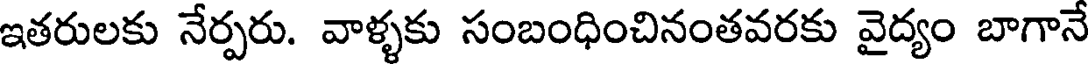
ఇతరులకు నేర్పరు. వాళ్ళకు సంబంధించినంతవరకు వైద్యం బాగానే